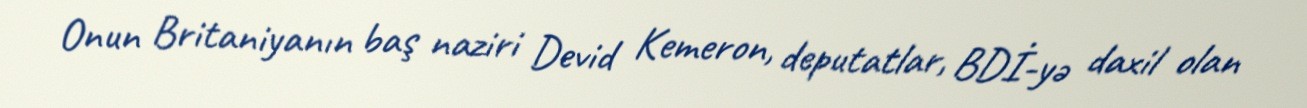
Onun Britaniyanın baş naziri Devid Kemeron, deputatlar, BDİ-yə daxil olan